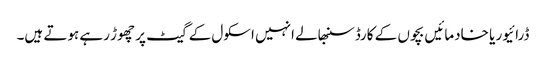
ڈرائیور یا خادمائیں بچوں کے کارڈ سنبھالے انہیں اسکول کے گیٹ پر چھوڑ رہے ہوتے ہیں۔